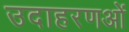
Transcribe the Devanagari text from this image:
उदाहरणओं